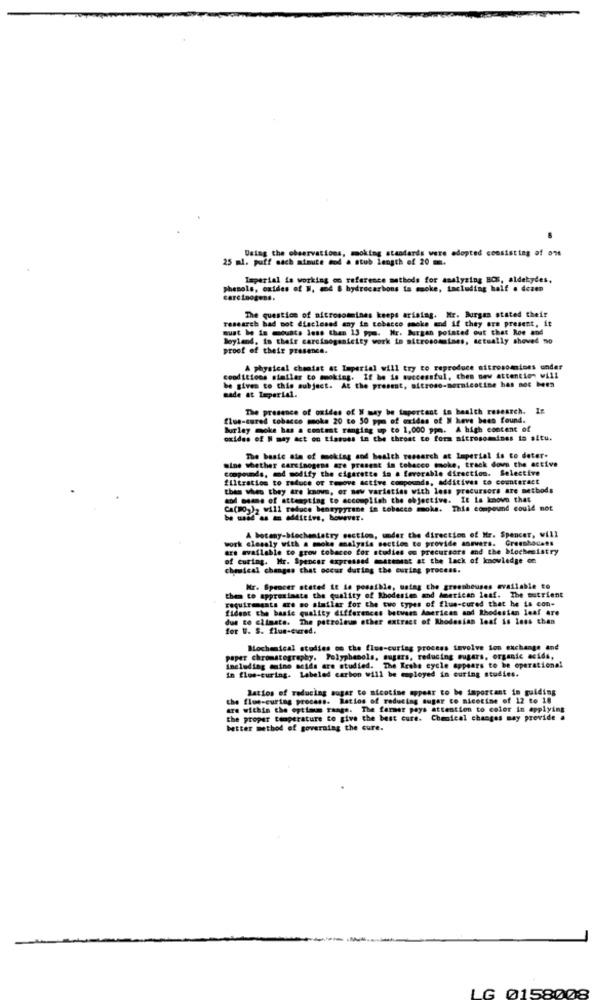
Using the observations, moking standards were adopted consisting of ont
25 ml. puff mach minute sod a stub length of 20 m.
Imperial is working on reference methods for analyzing BCK, aldehydes.
phenols, oxides of W, mod & hydrocarbons ta mmoke, including half . desen
carcinogens.
research bad not disclosed any in tobacco smoke and if they are present, it
The question of altrosommines keeps arising. Mr. Burgen stated their
must be is mounts less than 13 ppm. Nr. Burgan pointed out that Roe and
Doyland, in their carcinogenicity work in nitrosommines, actually shoved no
proof of their presence.
A physical cheatat at Imperial will try to reproduce nitrosommises under
conditions similar to moking. If be is successful, thes new attention will
be given to this subject. At the present, aitrose-mornicotine bas noc bees
made at Imperial.
The presence of oxides of W may be tapercent in health research.
flue-cured tobacco smoke 20 to 50 ppm of oxides of N heve been found.
Burley moke has a contest ranging up co 1,000 ppm. A high content of
oxides of N may act on tissues in the throat to form nitrosomines ta altu.
The basic sin of moking and health research at Imperial is to deter.
mine whether carcinogens are present in tobacco mmoke, track down the active
compounds, and modify the cigarette in a favorable direction. Selective
filtration to reduce or remove active compounds, additives to counteract
then when they are know, or new varieties with less precursors are methods
and osan. of attempting to accomplish the objective. It is kosovo that
Ca(RO,), will reduce bensypyrene in tobacco moka. This compound could not
---- -- itin,however.
work closely with a moke analysis section to provide answers. Greenhocats
A botany-biochemistry section, under the direction of Mr. Spencer, will
are available to grow tobacco for studies on precursors and the biochemistry
of curing. Mr. Spencer expressed matenent at the lack of knowledge ce
chemical changes that occur during the curing process.
Mr. Spencer stated it is possible, maing the greenbeuses available to
requirements are so similar for the two types of flue-cured that he is con-
them to approximate the quality of Rhodesien and American leaf. The nutrient
fident the basic quality differences between American and Rhodesian leaf are
due to climate. The petroleum other extract of Rhodesian loaf is less than
for U. S. flue-cured.
Mochemical studies on the flus-curing process involve ion exchange and
paper chromatography. Polyphenols, sugars, reducing sugars, organic acids,
including amino acids are studied. The Krthe cycle appears to be operational
in flos-curing. Labeled carbon will be employed in curing studies.
Ratios of reducing sugar to nicotine appear to be important in guiding
the flue-curing process. Ratios of reducing sugar to nicotine of 12 to 18
are within the optimum range. The farmer pays attention to color in applying
the proper temperature to give the best cure. Chemical changes may provide a
better method of governing the cure.
LG 0158008